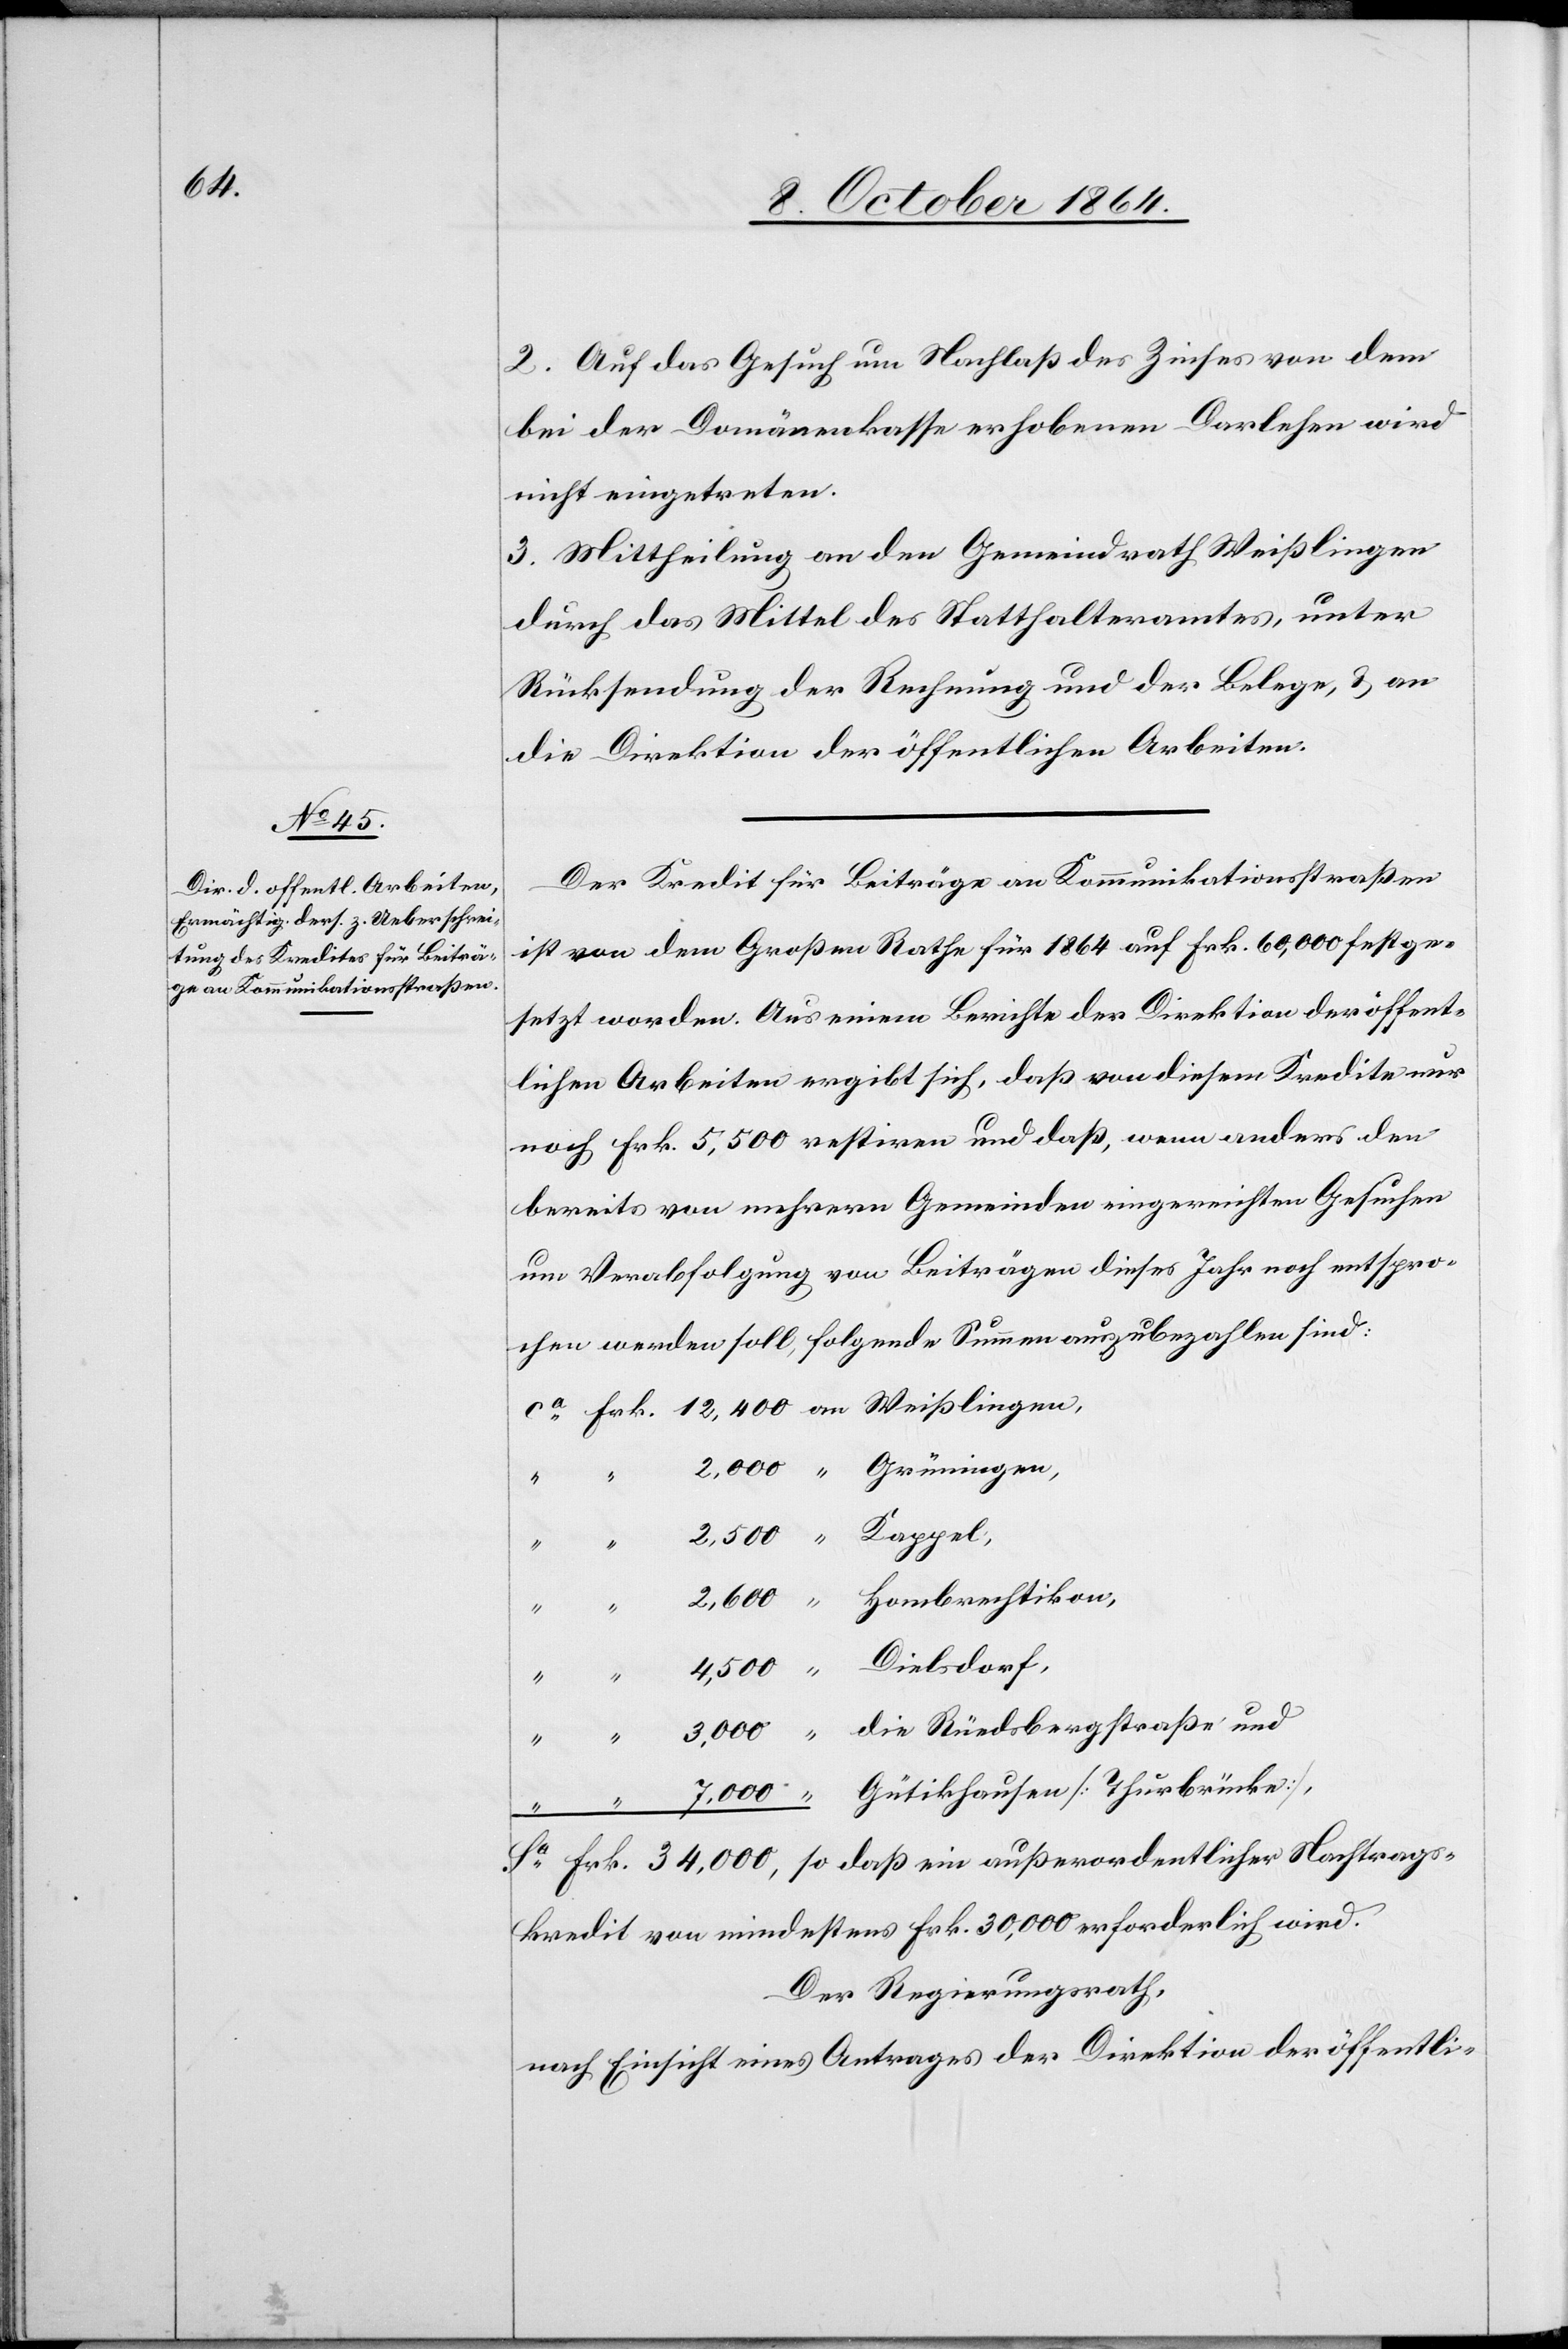
2. Auf das Gesuch um Nachlaß des Zinses von dem
bei der Domänenkasse erhobenen Darlehen wird
nicht eingetreten.
3. Mittheilung an den Gemeindrath Weißlingen
durch das Mittel des Statthalteramtes, unter
Rücksendung der Rechnung und der Belege, & an
die Direktion der öffentlichen Arbeiten.
Der Kredit für Beiträge an Kommunikationsstraßen
ist von dem Großen Rathe für 1864 auf Frk. 60,000 festge¬
setzt worden. Aus einem Berichte der Direktion der öffent¬
lichen Arbeiten ergibt sich, daß von diesem Kredite nur
noch Frk. 5,500 restiren und daß, wenn anders den
bereits von mehrern Gemeinden eingereichten Gesuchen
um Verabfolgung von Beiträgen dieses Jahr noch entspro¬
chen werden soll, folgende Summen auszubezahlen sind:
Nachtrags-
kredit von mindestens Frk. 30,000 erforderlich wird.
Der Regierungsrath,
nach Einsicht eines Antrages der Direktion der öffentli-